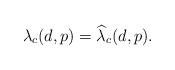
LaTeX: \begin{align*}\lambda_c(d,p)=\widehat{\lambda}_c(d,p).\end{align*}